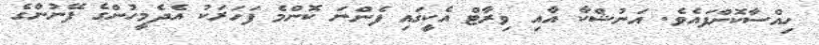
ހިއްސާކޮށްފައެވެ. އަނުޝްކާ އާއި ވިރާޓް އެކީގައި ފެންނަ ކޮންމެ ފަހަރަކު އެދެމީހުންގެ ފޭނުންގެ